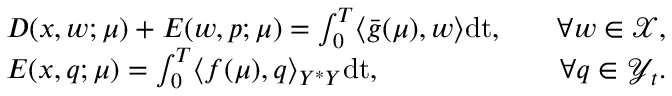
\begin{array} { r l r } & { D ( x , w ; \boldsymbol { \mu } ) + E ( w , p ; \boldsymbol { \mu } ) = \int _ { 0 } ^ { T } \langle \bar { g } ( \boldsymbol { \mu } ) , w \rangle \mathrm { d t } , \quad } & { \forall w \in \mathcal { X } , } \\ & { E ( x , q ; \boldsymbol { \mu } ) = \int _ { 0 } ^ { T } \langle f ( \boldsymbol { \mu } ) , q \rangle _ { Y ^ { * } Y } \mathrm { d t } , \quad } & { \forall q \in \mathcal { Y } _ { t } . } \end{array}